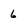
Character: 6